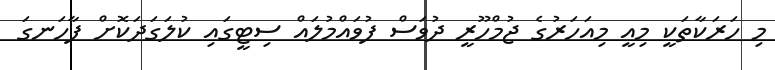
މި ހަރަކާތަކީ މިއީ މިއަހަރުގެ ޖުމްހޫރީ ދުވަސް ފުވައްމުލައް ސިޓީގައި ކުލަގަދަކޮށް ފާހަނގަ